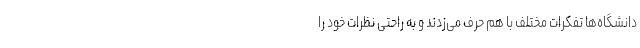
دانشگاه‌ها تفکرات مختلف با هم حرف می‌زدند و به راحتی نظرات خود را